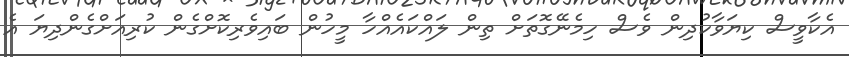
އެކާވީސް ކިޔަވާކުދިން ވެސް ހިމެނޭގޮތަށް ތިން ލައްކައެއްހާ މީހުން ބައިވެރިކޮށްގެން ކުރިއަށްގެންދިޔަ އެ